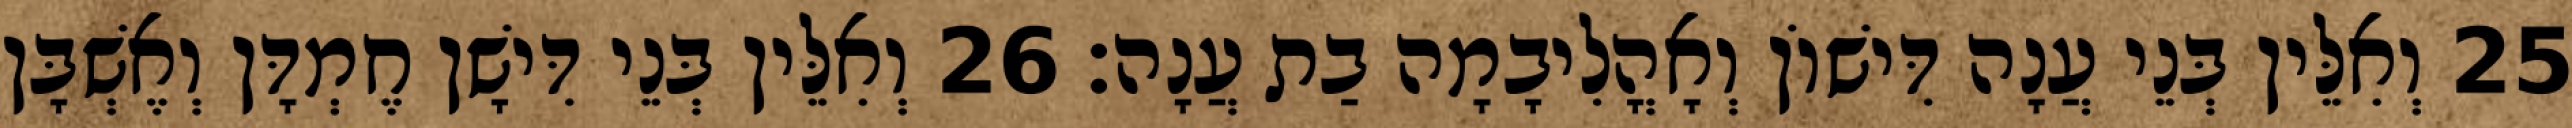
25 וְאִלֵּין בְּנֵי עֲנָה דִּישׁוֹן וְאָהֳלִיבָמָה בַת עֲנָה׃ 26 וְאִלֵּין בְּנֵי דִּישָׁן חֶמְדָּן וְאֶשְׁבָּן